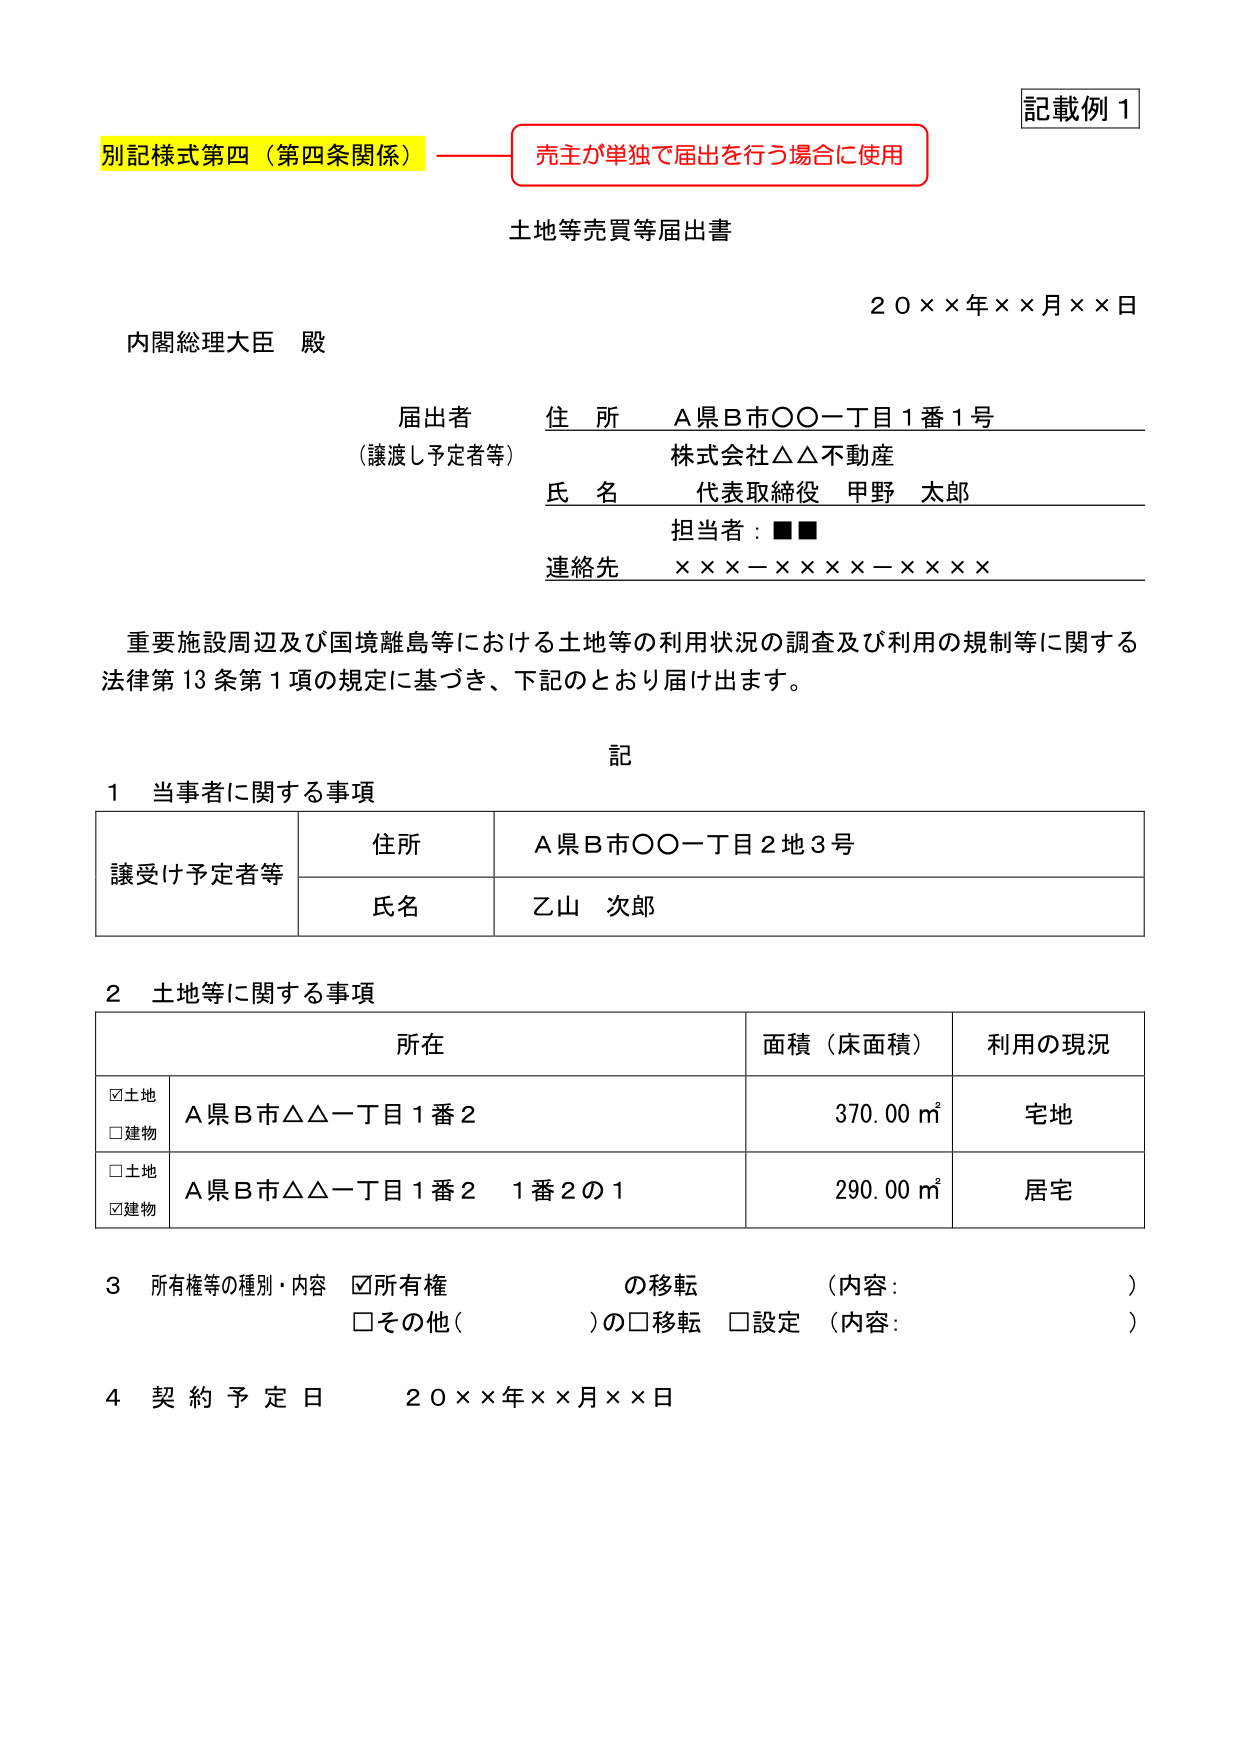
記載例1
別記様式第四（第四条関係）——売主が単独で届出を行う場合に使用
土地等売買等届出書
２０××年××月××日
内閣総理大臣 殿
届出者 住所 A県B市〇〇一丁目1番1号
（譲渡し予定者等） 株式会社△△不動産
氏名 代表取締役 甲野 太郎
担当者：■■
連絡先 ×××－××××－××××
重要施設周辺及び国境離島等における土地等の利用状況の調査及び利用の規制等に関する
法律第13条第1項の規定に基づき、下記のとおり届け出ます。
記
1 当事者に関する事項
譲受け予定者等 住所 A県B市〇〇一丁目2地3号
氏名 乙山 次郎
2 土地等に関する事項
所在 面積（床面積） 利用の現況
☑土地 A県B市△△一丁目1番2 370.00㎡ 宅地
□建物
□土地 A県B市△△一丁目1番2 1番2の1 290.00㎡ 居宅
☑建物
3 所有権等の種別・内容 ☑所有権 の移転 （内容： ）
□その他（ ）の□移転 □設定 （内容： ）
4 契約予定日 ２０××年××月××日